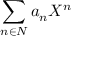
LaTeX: \sum _ { n \in N } a _ { n } X ^ { n }